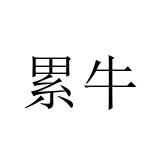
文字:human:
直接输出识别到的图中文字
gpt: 累牛